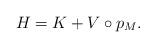
LaTeX: \begin{align*} H=K+V\circ p_M.\end{align*}